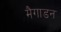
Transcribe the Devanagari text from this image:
मैगाडन